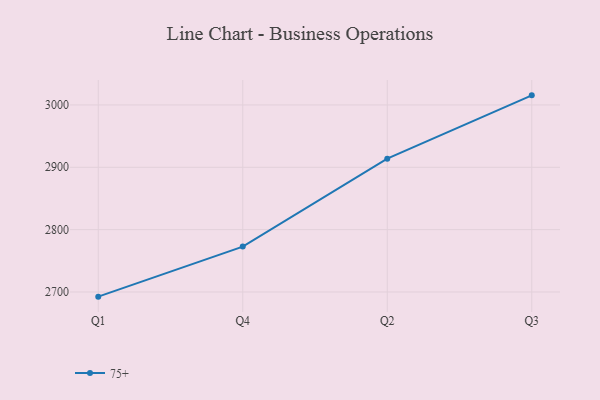
{"axis": {"x": "Quarter", "y": "Bounce Rate (%)"}, "legend": ["75+"], "data": [{"x": "Q1", "y": 2692.5, "type": "75+"}, {"x": "Q4", "y": 2772.8, "type": "75+"}, {"x": "Q2", "y": 2913.8, "type": "75+"}, {"x": "Q3", "y": 3015.4, "type": "75+"}]}